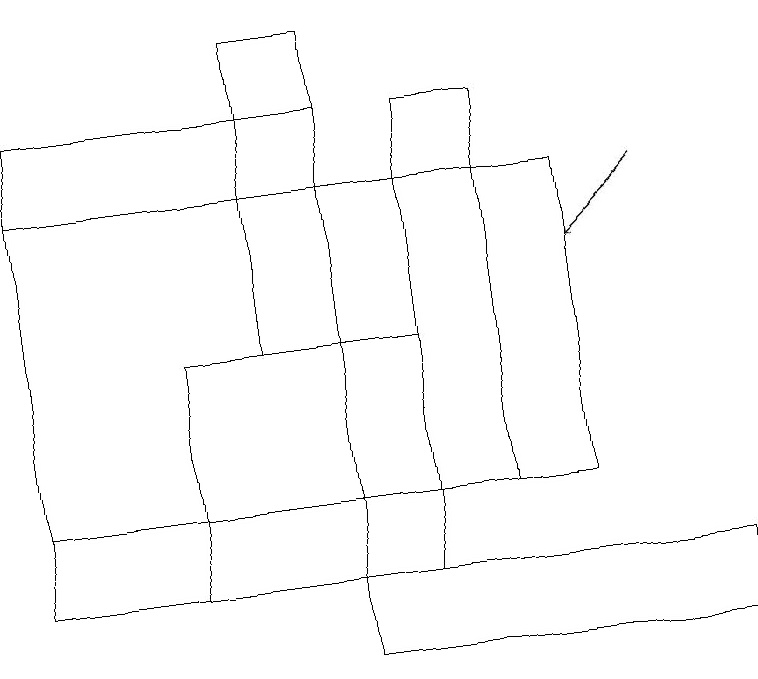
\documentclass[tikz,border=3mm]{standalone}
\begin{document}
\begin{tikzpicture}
\draw (9,11) rectangle (4,12);
\draw (0,13) rectangle (7,17);
\draw (4,19) rectangle (3,15);
\draw (0,18) rectangle (4,12);
\draw (2,12) rectangle (5,15);
\draw[->] (8,17) -- (7,16);
\draw (5,18) rectangle (6,13);
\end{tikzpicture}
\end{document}